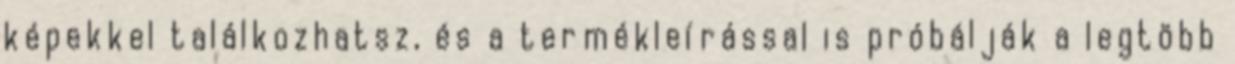
képekkel találkozhatsz, és a termékleírással is próbálják a legtöbb